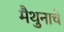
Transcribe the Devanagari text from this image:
मैथुनाचे